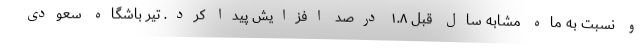
و نسبت به ماه مشابه سال قبل ۱.۸ درصد افزایش پیدا کرد. تیر باشگاه سعودی